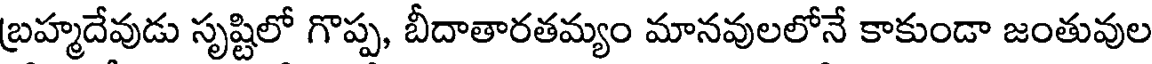
బ్రహ్మదేవుడు సృష్టిలో గొప్ప, బీదాతారతమ్యం మానవులలోనే కాకుండా జంతువుల